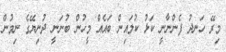
މިރޭ ހަނދު ފެންނާނީ ކަޅު ކުލައިން ބައެއް މީހުން ބުނަނީ ދުނިޔޭގެ ނިމުން